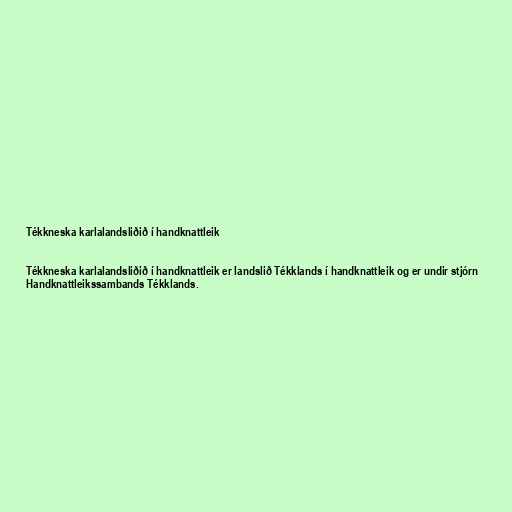
Tékkneska karlalandsliðið í handknattleik

Tékkneska karlalandsliðið í handknattleik er landslið Tékklands í handknattleik og er undir stjórn
Handknattleikssambands Tékklands.